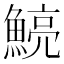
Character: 𩹗